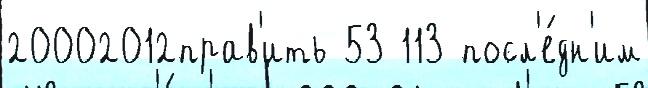
20002012прав'ить 53 113 посл'е́дн'им